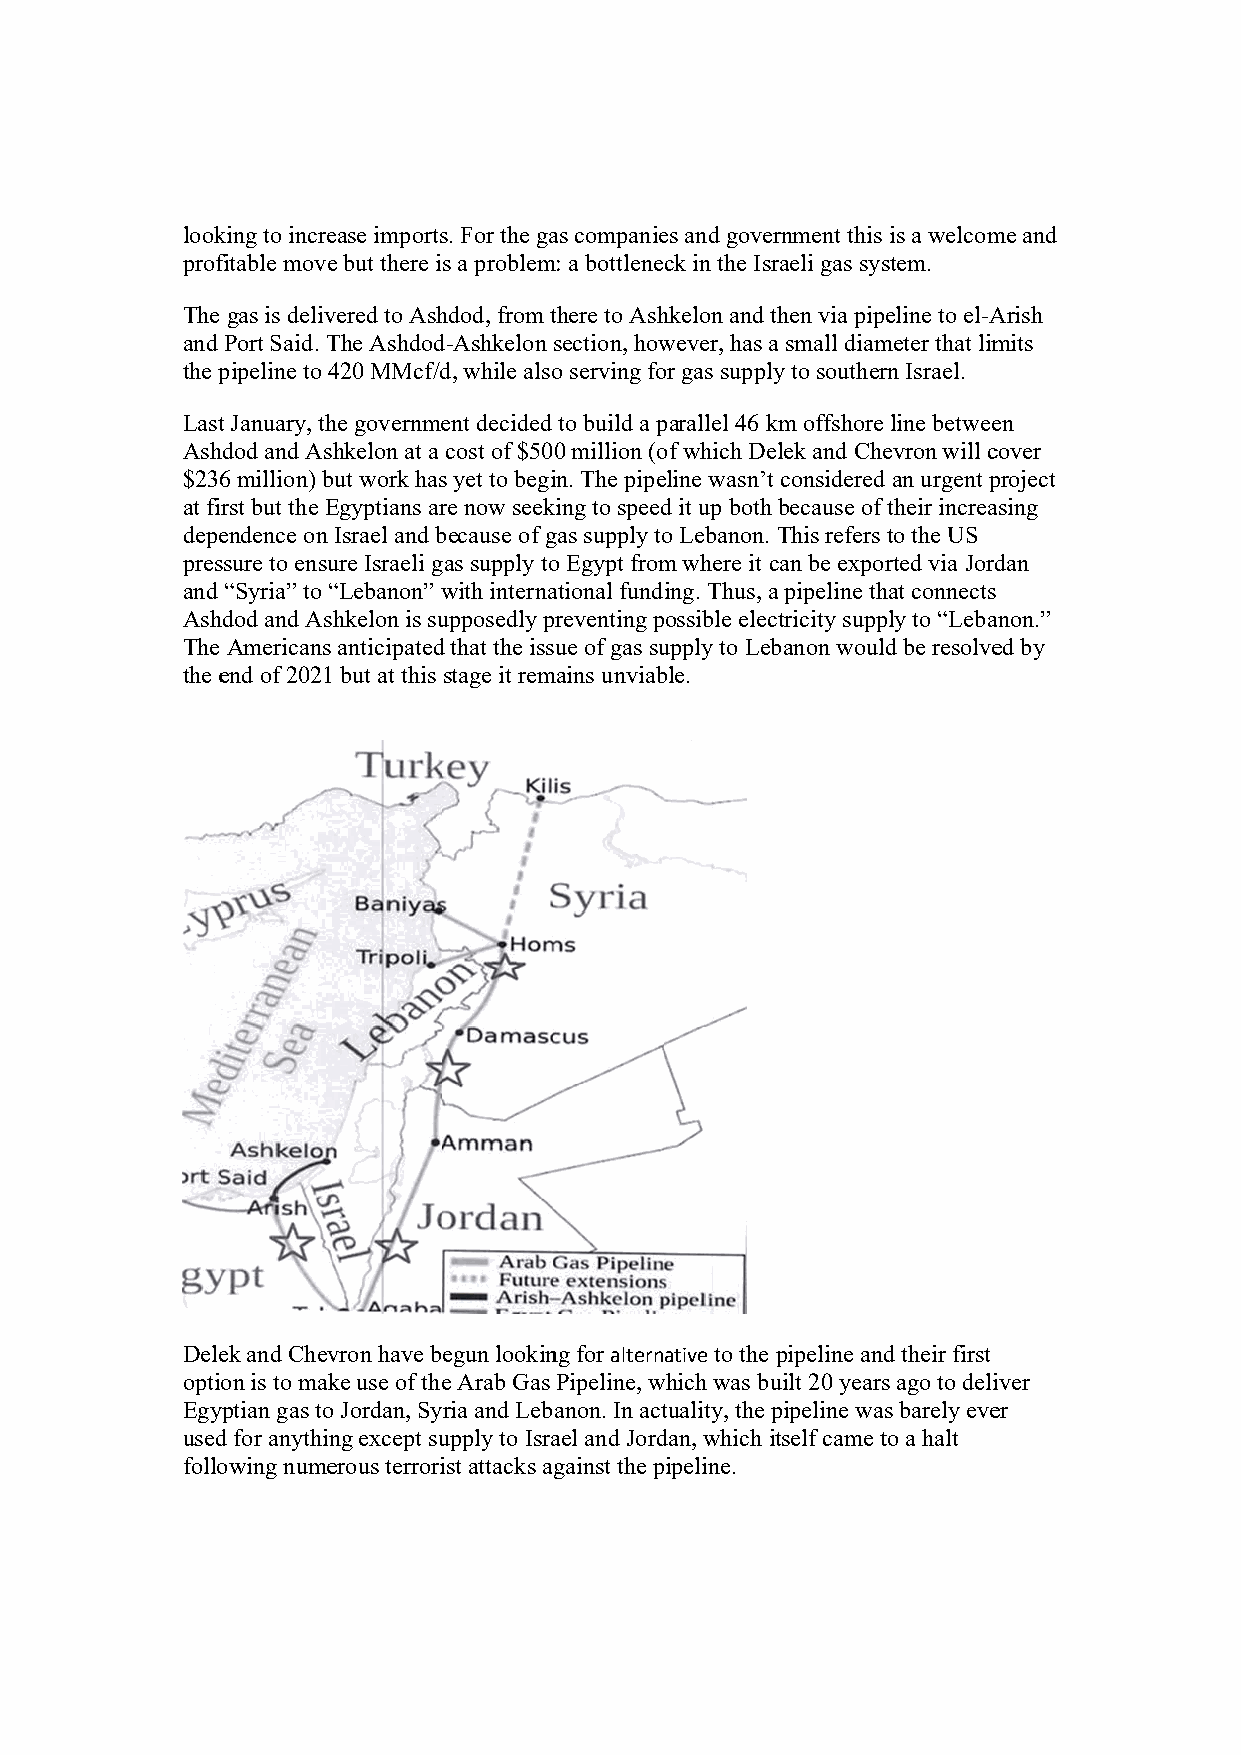
lookking to increease importss. For the gaas companiees and goverrnment this is a welcomme and
 proffitable movee but there is a problemm: a bottlenecck in the Isrraeli gas sysstem.
 The gas is delivvered to Ashhdod, from tthere to Ashhkelon and tthen via pipeline to el-AArish
 and Port Said. TThe Ashdodd-Ashkelon section, howwever, has aa small diammeter that limmits
 the ppipeline to 4420 MMcf/dd, while alsoo serving foor gas supplyy to southerrn Israel.
 Lastt January, thhe governmeent decided to build a pparallel 46 kkm offshore line betweeen
 Ashhdod and Ashkelon at a cost of $500 million (oof which Deelek and Cheevron will ccover
 $2366 million) bbut work hass yet to begiin. The pipeeline wasn’t considered an urgent pproject
 at firrst but the EEgyptians arre now seekking to speedd it up both because of their increaasing
 depeendence on Israel and bbecause of ggas supply too Lebanon. This refers to the US
 presssure to ensuure Israeli ggas supply too Egypt fromm where it ccan be exporrted via Jorddan
 and “Syria” to ““Lebanon” wwith internaational fundiing. Thus, aa pipeline thhat connects
 Ashhdod and Ashkelon is suupposedly ppreventing possible elecctricity suppply to “Lebaanon.”
 The Americans anticipatedd that the isssue of gas suupply to Lebbanon wouldd be resolveed by
 the eend of 2021 but at this stage it remmains unviabble.
 Deleek and Chevvron have begun lookinng for alternative to the pipeline andd their first
 optioon is to makke use of thee Arab Gas Pipeline, wwhich was buuilt 20 yearss ago to deliiver
 Egyyptian gas too Jordan, Syria and Lebanon. In acttuality, the ppipeline wass barely eveer
 usedd for anythinng except suupply to Israael and Jorddan, which itself came tto a halt
 folloowing numeerous terroriist attacks aggainst the pipeline.